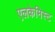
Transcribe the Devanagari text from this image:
एलकेमिस्ट